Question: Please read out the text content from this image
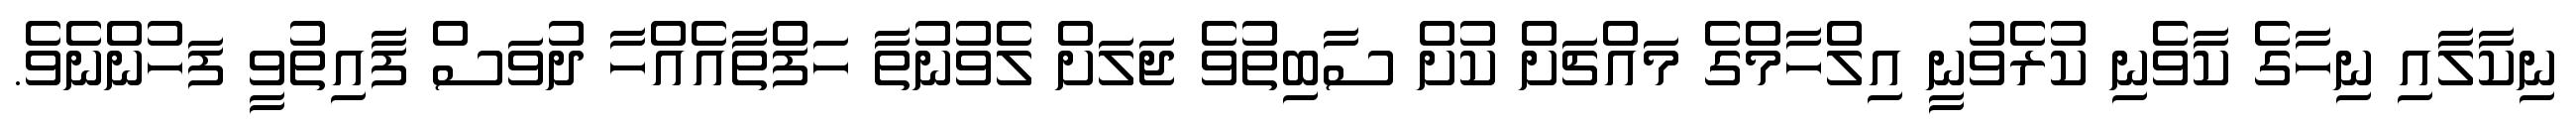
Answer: ނިކާލާއި ނިހާގެ ކާވެނި ކުރެވުނީ އިލްހާމްގެ މައްޗަށް ކުށް ސާބިތުވެ ޖަލަށް ލެވުނުތާ ހަފްތާއެއްހާ ދުވަސް ފާއިތުވީ ފަހުންނެވެ.